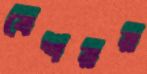
বেশরর